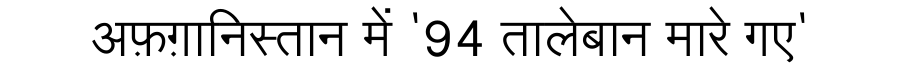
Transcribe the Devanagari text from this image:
अफ़ग़ानिस्तान में '94 तालेबान मारे गए'